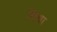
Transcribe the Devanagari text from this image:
विथा